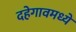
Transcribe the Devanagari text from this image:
दहेगावमध्ये